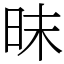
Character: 昩